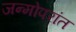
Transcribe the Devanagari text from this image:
जन्मोपरांत